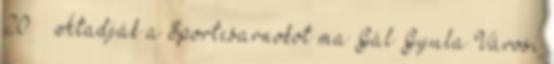
20. – Átadják a Sportcsarnokot ma Gál Gyula Városi